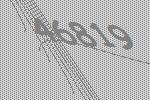
46819